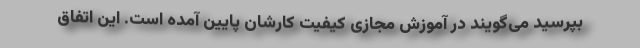
بپرسید می‌گویند در آموزش مجازی کیفیت کارشان پایین آمده است. این اتفاق